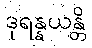
ဒုရန္နယန္တိ